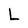
Character: L